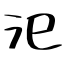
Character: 汜